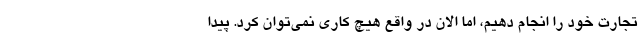
تجارت خود را انجام دهیم، اما الان در واقع هیچ کاری نمی‌توان کرد. پیدا